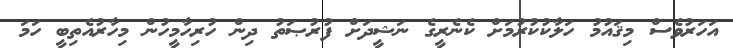
އަހަރުވެސް މިޤައުމު ހަލާކުކުރުމަށް ކެނެރީގެ ނަޝީދަށް ފުރުޞަތު ދިން ހުރިހާމީހުން މިހާރުއެތިބީ ހަމަ